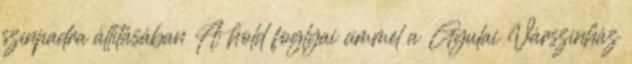
színpadra állításában A hold foglyai címmel a Gyulai Várszínház